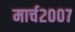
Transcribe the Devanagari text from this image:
मार्च२००७